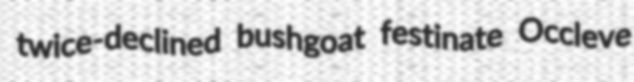
twice-declined bushgoat festinate Occleve